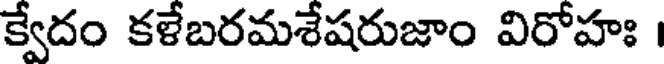
క్వేదం కళేబరమశేషరుజాం విరోహః